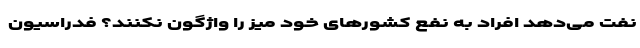
نفت می‌دهد افراد به نفع کشورهای خود میز را واژگون نکنند؟ فدراسیون